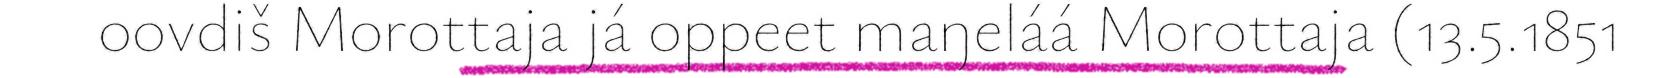
oovdiš Morottaja já oppeet maŋeláá Morottaja (13.5.1851